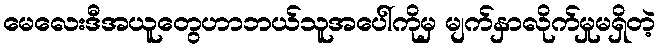
မေလေးဒီအယူတွေဟာဘယ်သူအပေါ်ကိုမှ မျက်နှာလိုက်မှုမရှိတဲ့